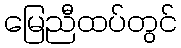
မြေညီထပ်တွင်